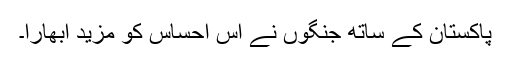
پاکستان کے ساتھ جنگوں نے اس احساس کو مزید ابھارا۔